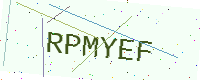
Text: RPMYEF